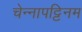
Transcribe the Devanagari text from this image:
चेन्नापट्टिनम